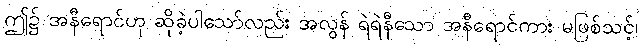
ဤ၌ အနီရောင်ဟု ဆိုခဲ့ပါသော်လည်း အလွန် ရဲရဲနီသော အနီရောင်ကား မဖြစ်သင့်၊